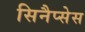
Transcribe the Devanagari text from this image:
सिनैप्सेस